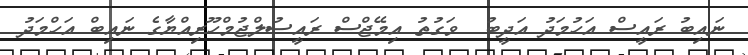
ނައިބު ރައީސް އަހުމަދު އަދީބު  ވަގުތު އިމޭޖްސް ރައީސުލްޖުމްހޫރިއްޔާގެ ނައިބް އަހްމަދު